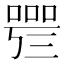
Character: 𠻰